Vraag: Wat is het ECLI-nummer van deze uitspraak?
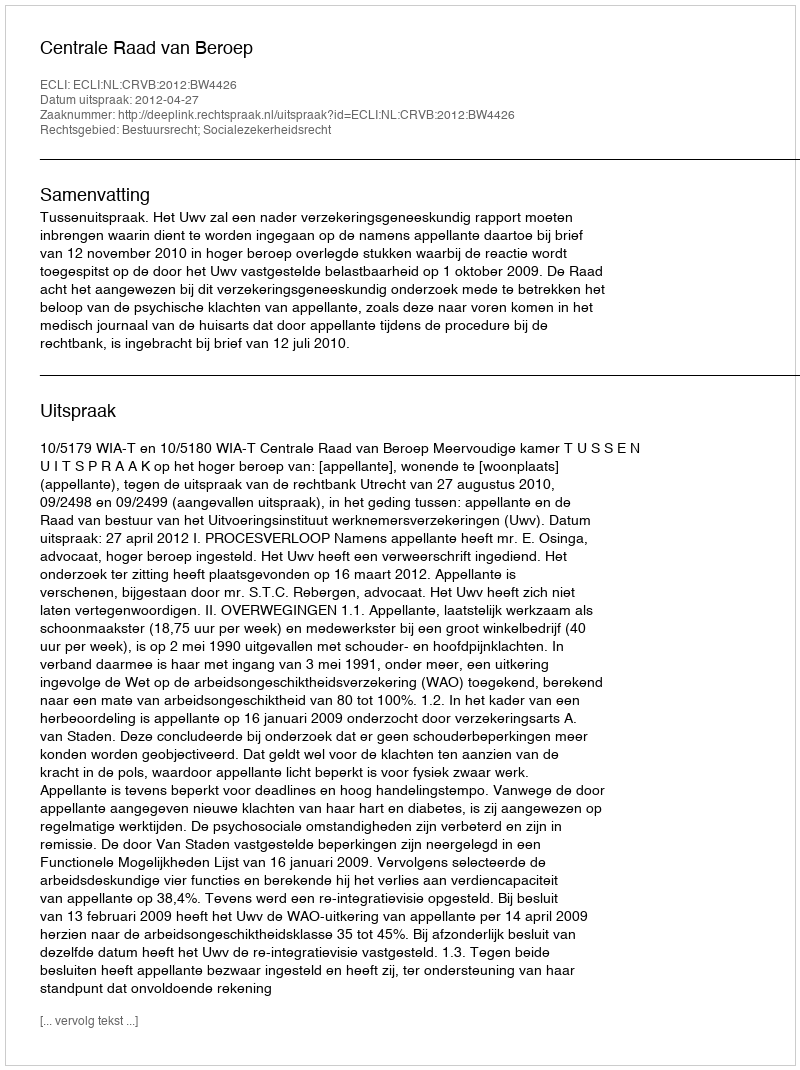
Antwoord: ECLI:NL:CRVB:2012:BW4426